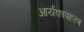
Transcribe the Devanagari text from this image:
आर्यकापहरण